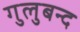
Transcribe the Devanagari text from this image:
गुलुबन्द